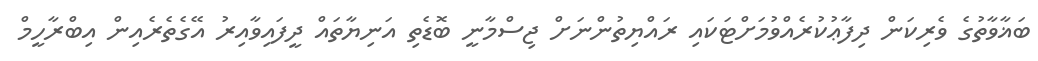
ބަޣާވާތުގެ ވެރިކަން ދިފާޢުކުރެއްވުމަށްޓަކައި ރައްޔިތުންނަށް ޖިސްމާނީ ބޮޑެތި އަނިޔާތައް ދީފައިވާއިރު އޭގެތެރެއިން އިބްރާހީމް